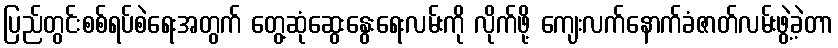
ပြည်တွင်းစစ်ရပ်စဲရေးအတွက် တွေ့ဆုံဆွေးနွေးရေးလမ်းကို လိုက်ဖို့ ကျေးလက်နောက်ခံဇာတ်လမ်းဖွဲ့ခဲ့တာ